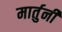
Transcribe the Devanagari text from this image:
मार्तुनी